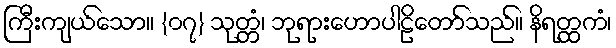
ကြီးကျယ်သော။ {၀၇} သုတ္တံ၊ ဘုရားဟောပါဠိတော်သည်။ နိရတ္ထကံ၊